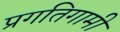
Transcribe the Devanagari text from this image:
प्रगतिगामी